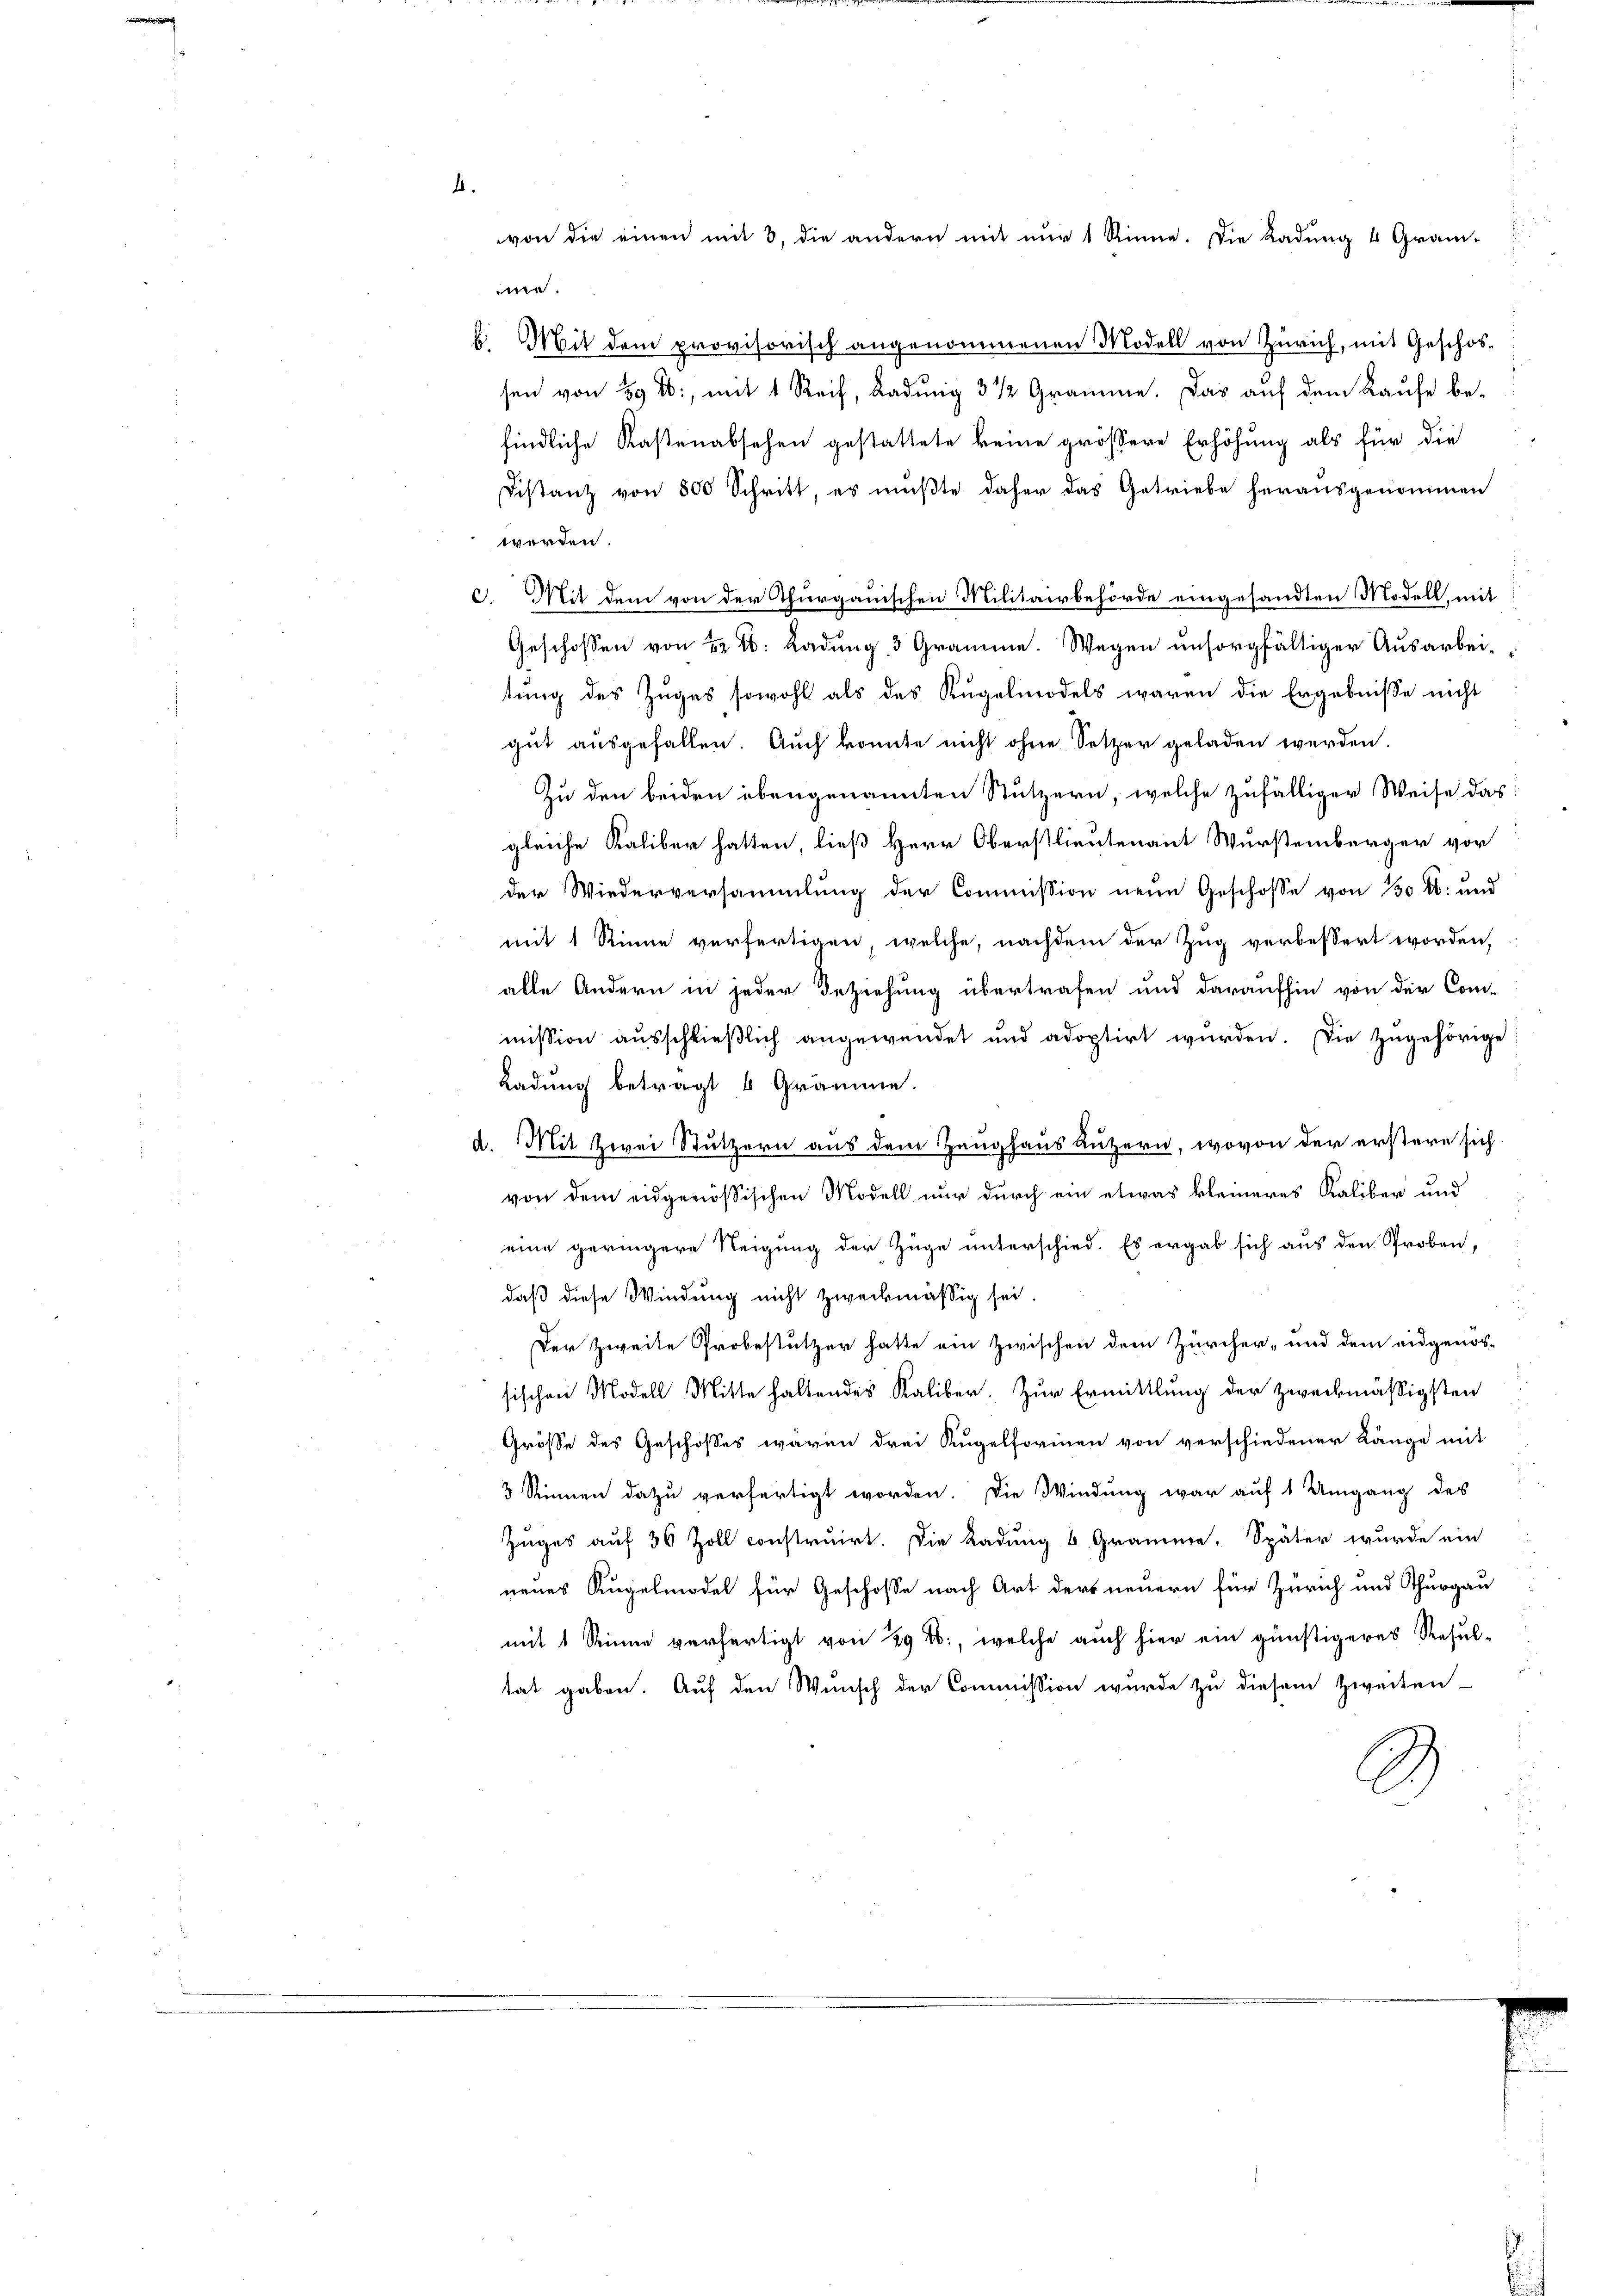
ne.

b. Mit dem provisorisch angenommenen Modell von Zürich, mit Geschossen von 39 f., mit 1 Reif, Ladung 3 1/2 Gramme. Das auf dem Laufe be-
findliche Kastenabsehen gestattete keine grössere Erhöhung als für die
Distanz von 800 Schritt, es müßte daher das Getriebe herausgenommen
werden.
3
c. Mit dem von der Thurgauischen Militairbehörde eingesandten Modell, mit
Geschossen von 22 t: Ladung, 3 Gramme. Wegen unsorgfältiger Ausarbeitung des Zuges sowohl als des Kugelnodels waren die Ergebnisse nicht
gut ausgefallen. Auch konnte nicht ohne Setzer geladen werden.
Zu den beiden ebengenannten Stutzern, welche zufälliger Weise das
gleiche Kaliber hatten, ließ Herr Oberstlieutenant Wurstemberger vor
der Wiederversammlung der Commission neue Geschosse von 30 l. und
mit 1 Rinne verfertigen, welche, nachdem der Zug verbessert worden,
alle Andern in jeder Beziehung übertrafen und daraufhin von der Com-
mission ausschließlich angewendet und adoptirt wurden. Die zugehörige
Ladung beträgt 4 Gramme.
d. Mit Zwei Stutzern aus dem Zeughaus Luzern, wovon der erstere sich
von dem eidgenößischen Modell nur durch ein etwas kleineres Kaliber und
eine geringere Neigung der Züge unterschied. Es ergab sich aus den Proben,
daß diese Windung nicht zweckmäßig sei.
Der Zweite Probestützer hatte ein zwischen dem Zürcher, und dem eidgenos-
sischen Modell Mitte haltendes Kaliber. Zur Ermittlung der zweckmäßigsten
Grösse des Geschosses wären drei Kugelformen von verschiedener Länge mit
3 Stinnen dazu verfertigt worden. Die Windung war auf 1 Umgang des
Zuges auf 36 Zoll construirt. Die Ladung 6 Gramme. Später wurde ein
neues Kugelmodel für Geschosse nach Art ders neuern für Zürich und Thurgau
mit 1 Stinne verfertigt von 29 f., welche auch hier ein günstigeres Resultat gaben. Auf den Wunsch der Commission wurde zu diesem Zweiten
.

von die einen mit 3, die andern mit nur 1 Rinne. Die Ladung 4 Gram-